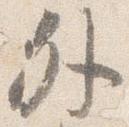
外